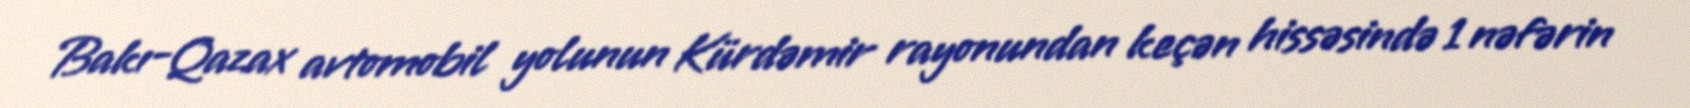
Bakı-Qazax avtomobil yolunun Kürdəmir rayonundan keçən hissəsində 1 nəfərin